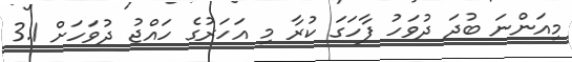
މިއަންނަ ބުދަ ދުވަހު ފާހަގަ ކުރާ މި އަހަރުގެ ހައްޖު ދުވަހަށް 3.1